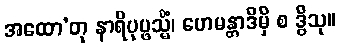
အထော’တု နာရိပုပ္ဖသ္မိံ၊ ဟေမန္တာဒိမှိ စ ဒွိသု။